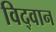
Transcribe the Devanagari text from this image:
विद्‌वान